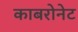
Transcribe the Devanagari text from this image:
काबरोनेट